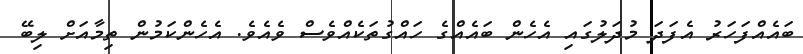
ބައެއްފަހަރު އެފަދަ މުދަލުގައި އެހެން ބައެއްގެ ހައްގުތަކެއްވެސް ވެއެވެ. އެހެންކަމުން ތިމާއަށް ލިބޭ